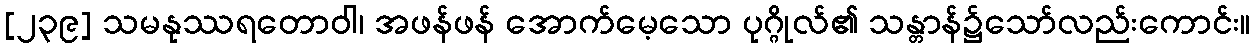
[၂၃၉] သမနုဿရတောဝါ၊ အဖန်ဖန် အောက်မေ့သော ပုဂ္ဂိုလ်၏ သန္တာန်၌သော်လည်းကောင်း။